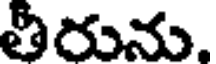
తీరును.